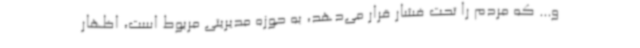
و... که مردم را تحت فشار قرار می‌دهد، به حوزه مدیریتی مربوط است، اظهار